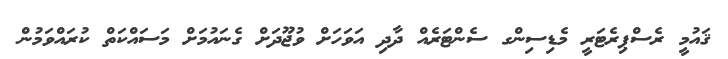
ޤައުމީ ރެސްޕިރެޓަރީ މެޑިސިންގ ސެންޓަރެއް ދާދި އަވަހަށް ވުޖޫދަށް ގެނައުމަށް މަސައްކަތް ކުރައްވަމުން